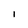
Character: I